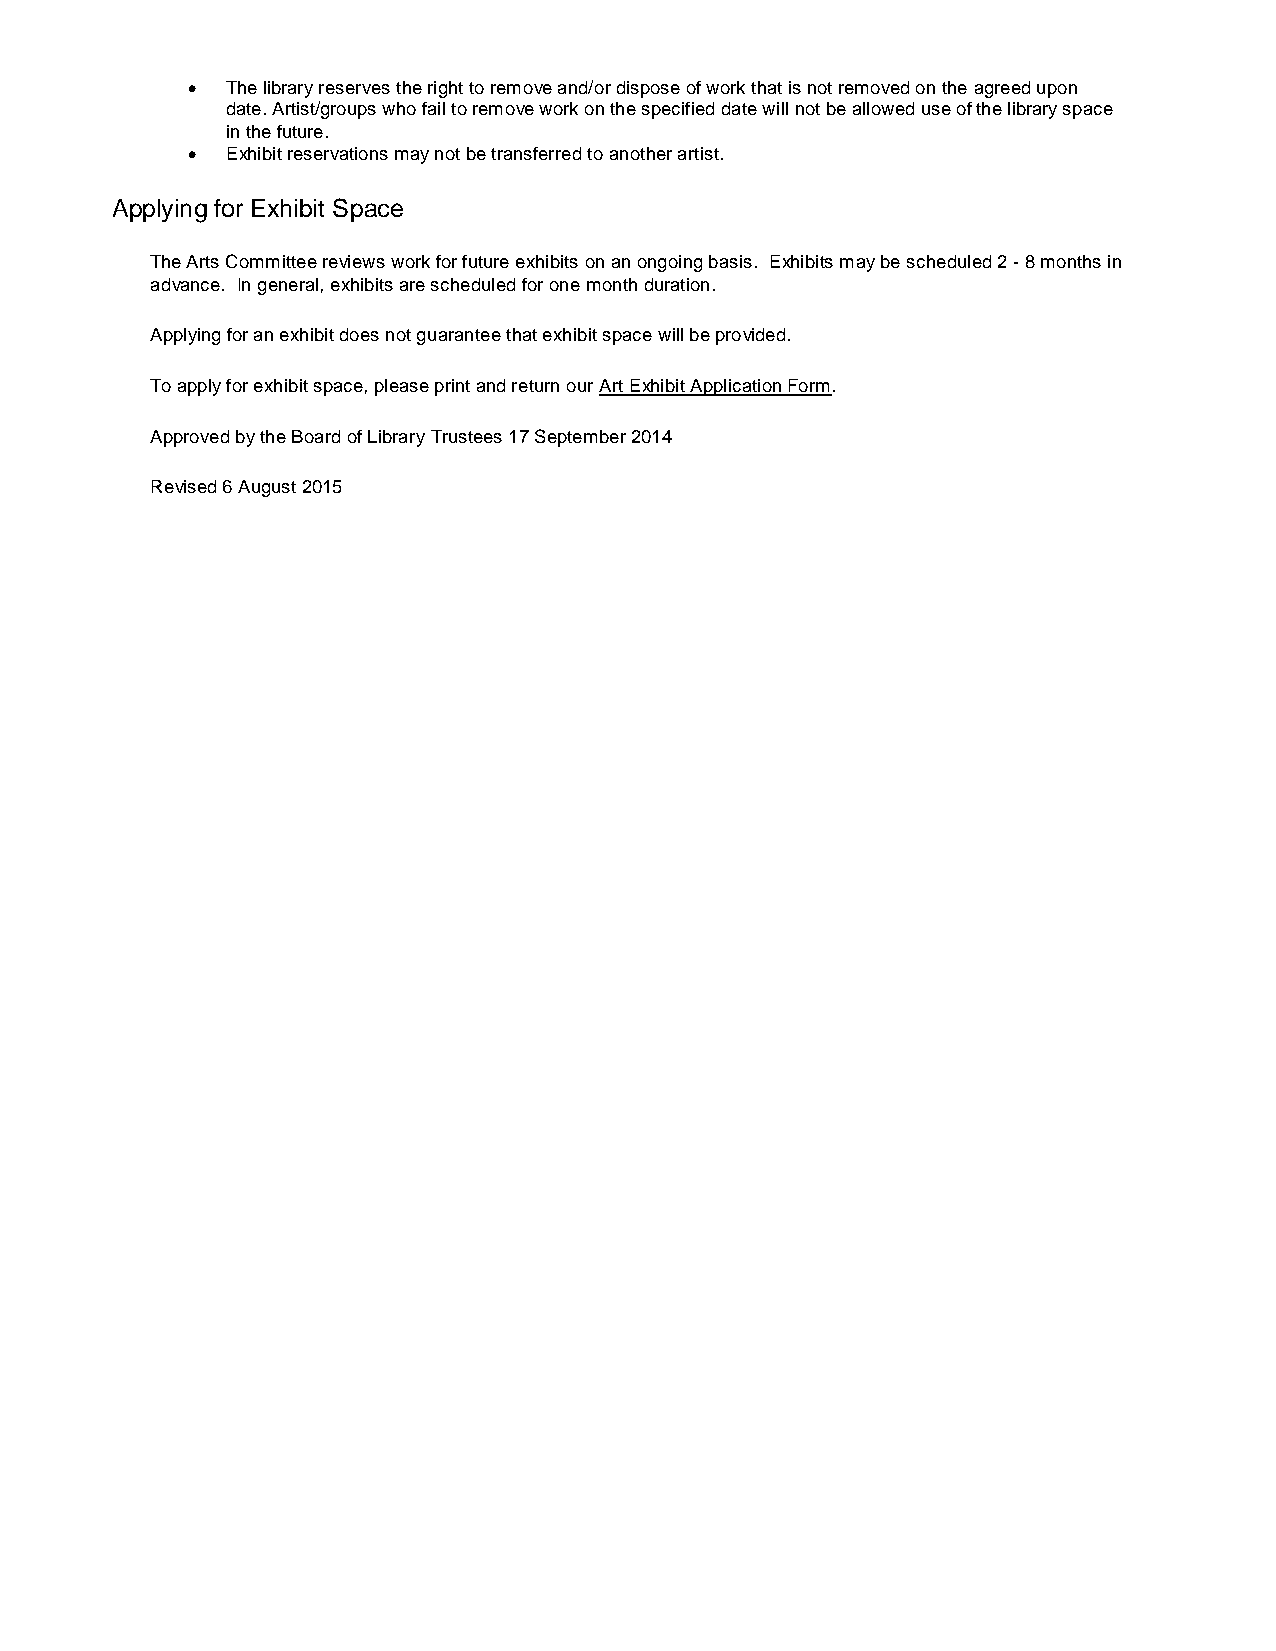
  The library reserves the right to remove and/or dispose of work that is not removed on the agreed upon
 date. Artist/groups who fail to remove work on the specified date will not be allowed use of the library space
 in the future.
   Exhibit reservations may not be transferred to another artist.
 Applying for Exhibit Space
 The Arts Committee reviews work for future exhibits on an ongoing basis. Exhibits may be scheduled 2 - 8 months in
 advance. In general, exhibits are scheduled for one month duration.
 Applying for an exhibit does not guarantee that exhibit space will be provided.
 To apply for exhibit space, please print and return our Art Exhibit Application Form.
 Approved by the Board of Library Trustees 17 September 2014
 Revised 6 August 2015